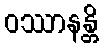
ဝဿာနန္တိ